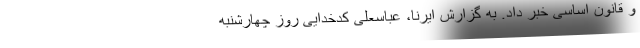
و قانون اساسی خبر داد. به گزارش ایرنا، عباسعلی کدخدایی روز چهارشنبه